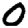
Digit: 0